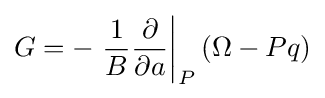
G=-\left.{\frac {1}{B}}{\frac {\partial }{\partial a}}\right|_{P}\left(\Omega -Pq\right)